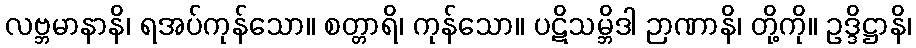
လဗ္ဘမာနာနိ၊ ရအပ်ကုန်သော။ စတ္တာရိ၊ ကုန်သော။ ပဋိသမ္ဘိဒါ ဉာဏာနိ၊ တို့ကို။ ဥဒ္ဒိဋ္ဌာနိ၊